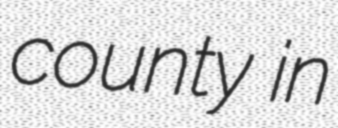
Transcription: county in